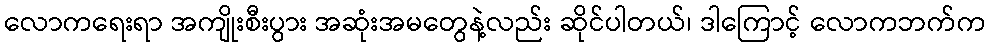
လောကရေးရာ အကျိုးစီးပွား အဆုံးအမတွေနဲ့လည်း ဆိုင်ပါတယ်၊ ဒါကြောင့် လောကဘက်က